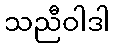
သညီဝါဒါ